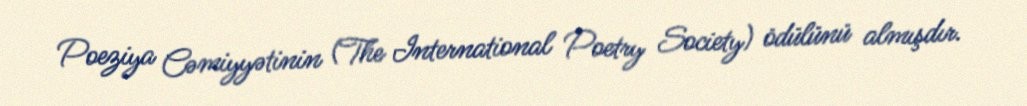
Poeziya Cəmiyyətinin (The International Poetry Society) ödülünü almışdır.